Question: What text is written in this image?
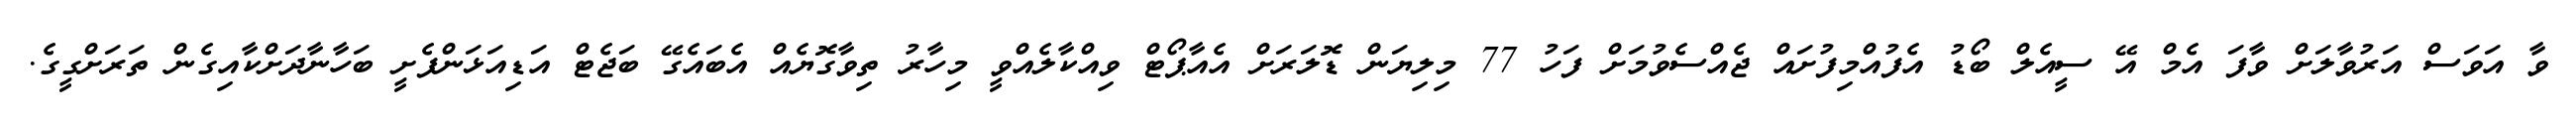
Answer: ވާ އަވަސް އަރުވާލަށް ވާފަ އެމް އޭ ސީއެލް ބޯޑު އެފުއްމިފުށައް ޖެއްސެވުމަށް ފަހު 77 މިލިޔަން ޑޮލަރަށް އެއާޕޯޓް ވިއްކާލެއްވީ މިހާރު ތިވާގޮޔެއް އެބައެގޭ ބަޖެޓް އަޑިއަޅަންފެށީ ބަހާނާދަށްކާއިގެން ތަރަށްގީގެ.